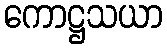
ကောဋ္ဌသယာ